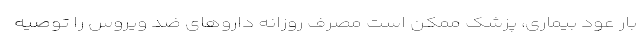
بار عود بیماری، پزشک ممکن است مصرف روزانه داروهای ضد ویروس را توصیه